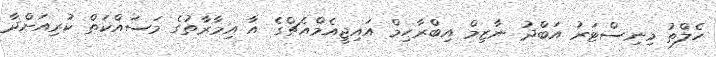
ހެލްތު މިނިސްޓަރު އަބްދު ނާޒިމް އިބްރާހިމް އައިޖީއެމްއެޗްގެ އާ އިމާރާތުގެ މަސައްކަތް ކުރިއަށްދާ